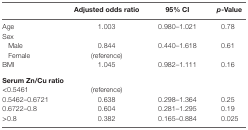
<table><thead><tr><td></td><td><b>Adjusted odds ratio</b></td><td><b>95% CI</b></td><td><b>p-Value</b></td></tr></thead><tbody><tr><td>Age</td><td>1.003</td><td>0.980–1.021</td><td>0.78</td></tr><tr><td>Sex</td><td></td><td></td><td></td></tr><tr><td> Male</td><td>0.844</td><td>0.440–1.618</td><td>0.61</td></tr><tr><td> Female</td><td>(reference)</td><td></td><td></td></tr><tr><td>BMI</td><td>1.045</td><td>0.982–1.111</td><td>0.16</td></tr><tr><td><b>Serum Zn/Cu ratio</b></td><td></td><td></td><td></td></tr><tr><td>&lt;0.5461</td><td>(reference)</td><td></td><td></td></tr><tr><td>0.5462–0.6721</td><td>0.638</td><td>0.298–1.364</td><td>0.25</td></tr><tr><td>0.6722–0.8</td><td>0.604</td><td>0.281–1.295</td><td>0.19</td></tr><tr><td>&gt;0.8</td><td>0.382</td><td>0.165–0.884</td><td>0.025</td></tr></tbody></table>